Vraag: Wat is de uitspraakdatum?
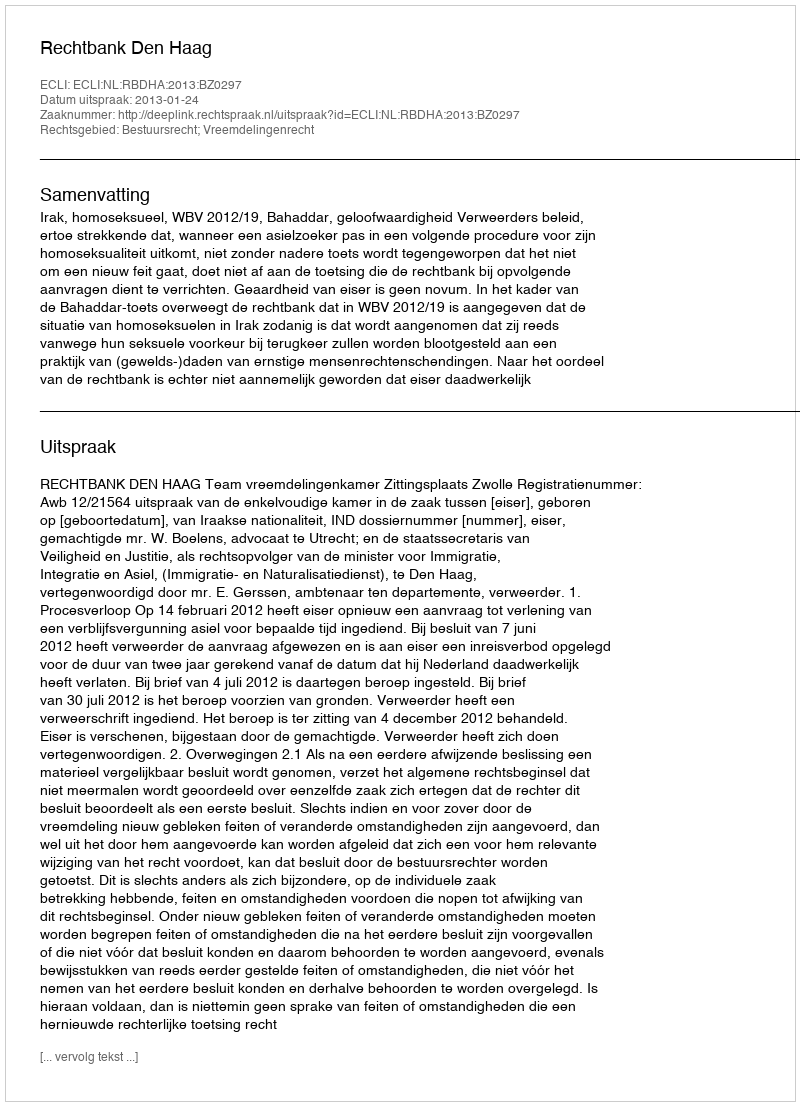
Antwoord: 2013-01-24